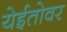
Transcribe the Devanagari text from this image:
येईतोवर